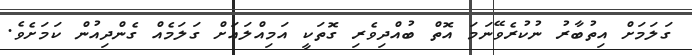
ގަލަމަށް އިތުބާރު ނުކުރެވޭނަމަ އޮތް ބުއްދިވެރި ގޮތަކީ އަމިއްލައަށް ގަލަމެއް ގެންދިއުން ކަމަށެވެ.